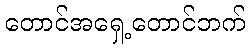
တောင်အရှေ့တောင်ဘက်